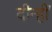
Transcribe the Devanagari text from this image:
दीन्‍हीं